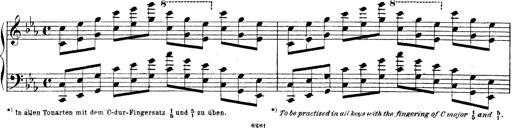
Title: Technische Studien
Composer: Franz Liszt